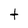
Character: t